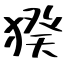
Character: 猤